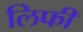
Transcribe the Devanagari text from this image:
लिफी